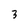
Character: 3